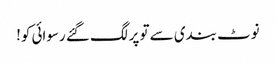
نوٹ بندی سے تو پر لگ گئے رسوائی کو!